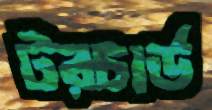
টরচার্ড